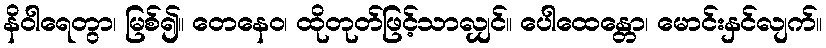
နိဝါရေတွာ၊ မြစ်၍။ တေနေဝ၊ ထိုတုတ်ဖြင့်သာလျှင်။ ပေါထေန္တော၊ မောင်းနှင်လျက်။